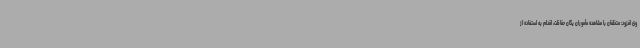
وی افزود: متخلفان با مشاهده مأموران یگان حفاظت، اقدام به استفاده از